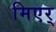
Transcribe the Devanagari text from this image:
मिएर्